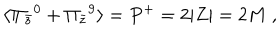
\langle \Pi _ { \bar { z } } { } ^ { 0 } + \Pi _ { \bar { z } } { } ^ { 9 } \rangle = P ^ { + } = 2 | Z | = 2 M \ ,